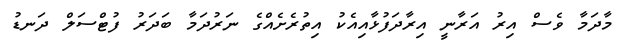
މާދަމާ ވެސް އިރު އަރާނީ އިރާދަފުޅާއިއެކު އިތުރެށެއްގެ ނަރުދަމާ ބަދަރު ފުޓްސަލް ދަނޑު